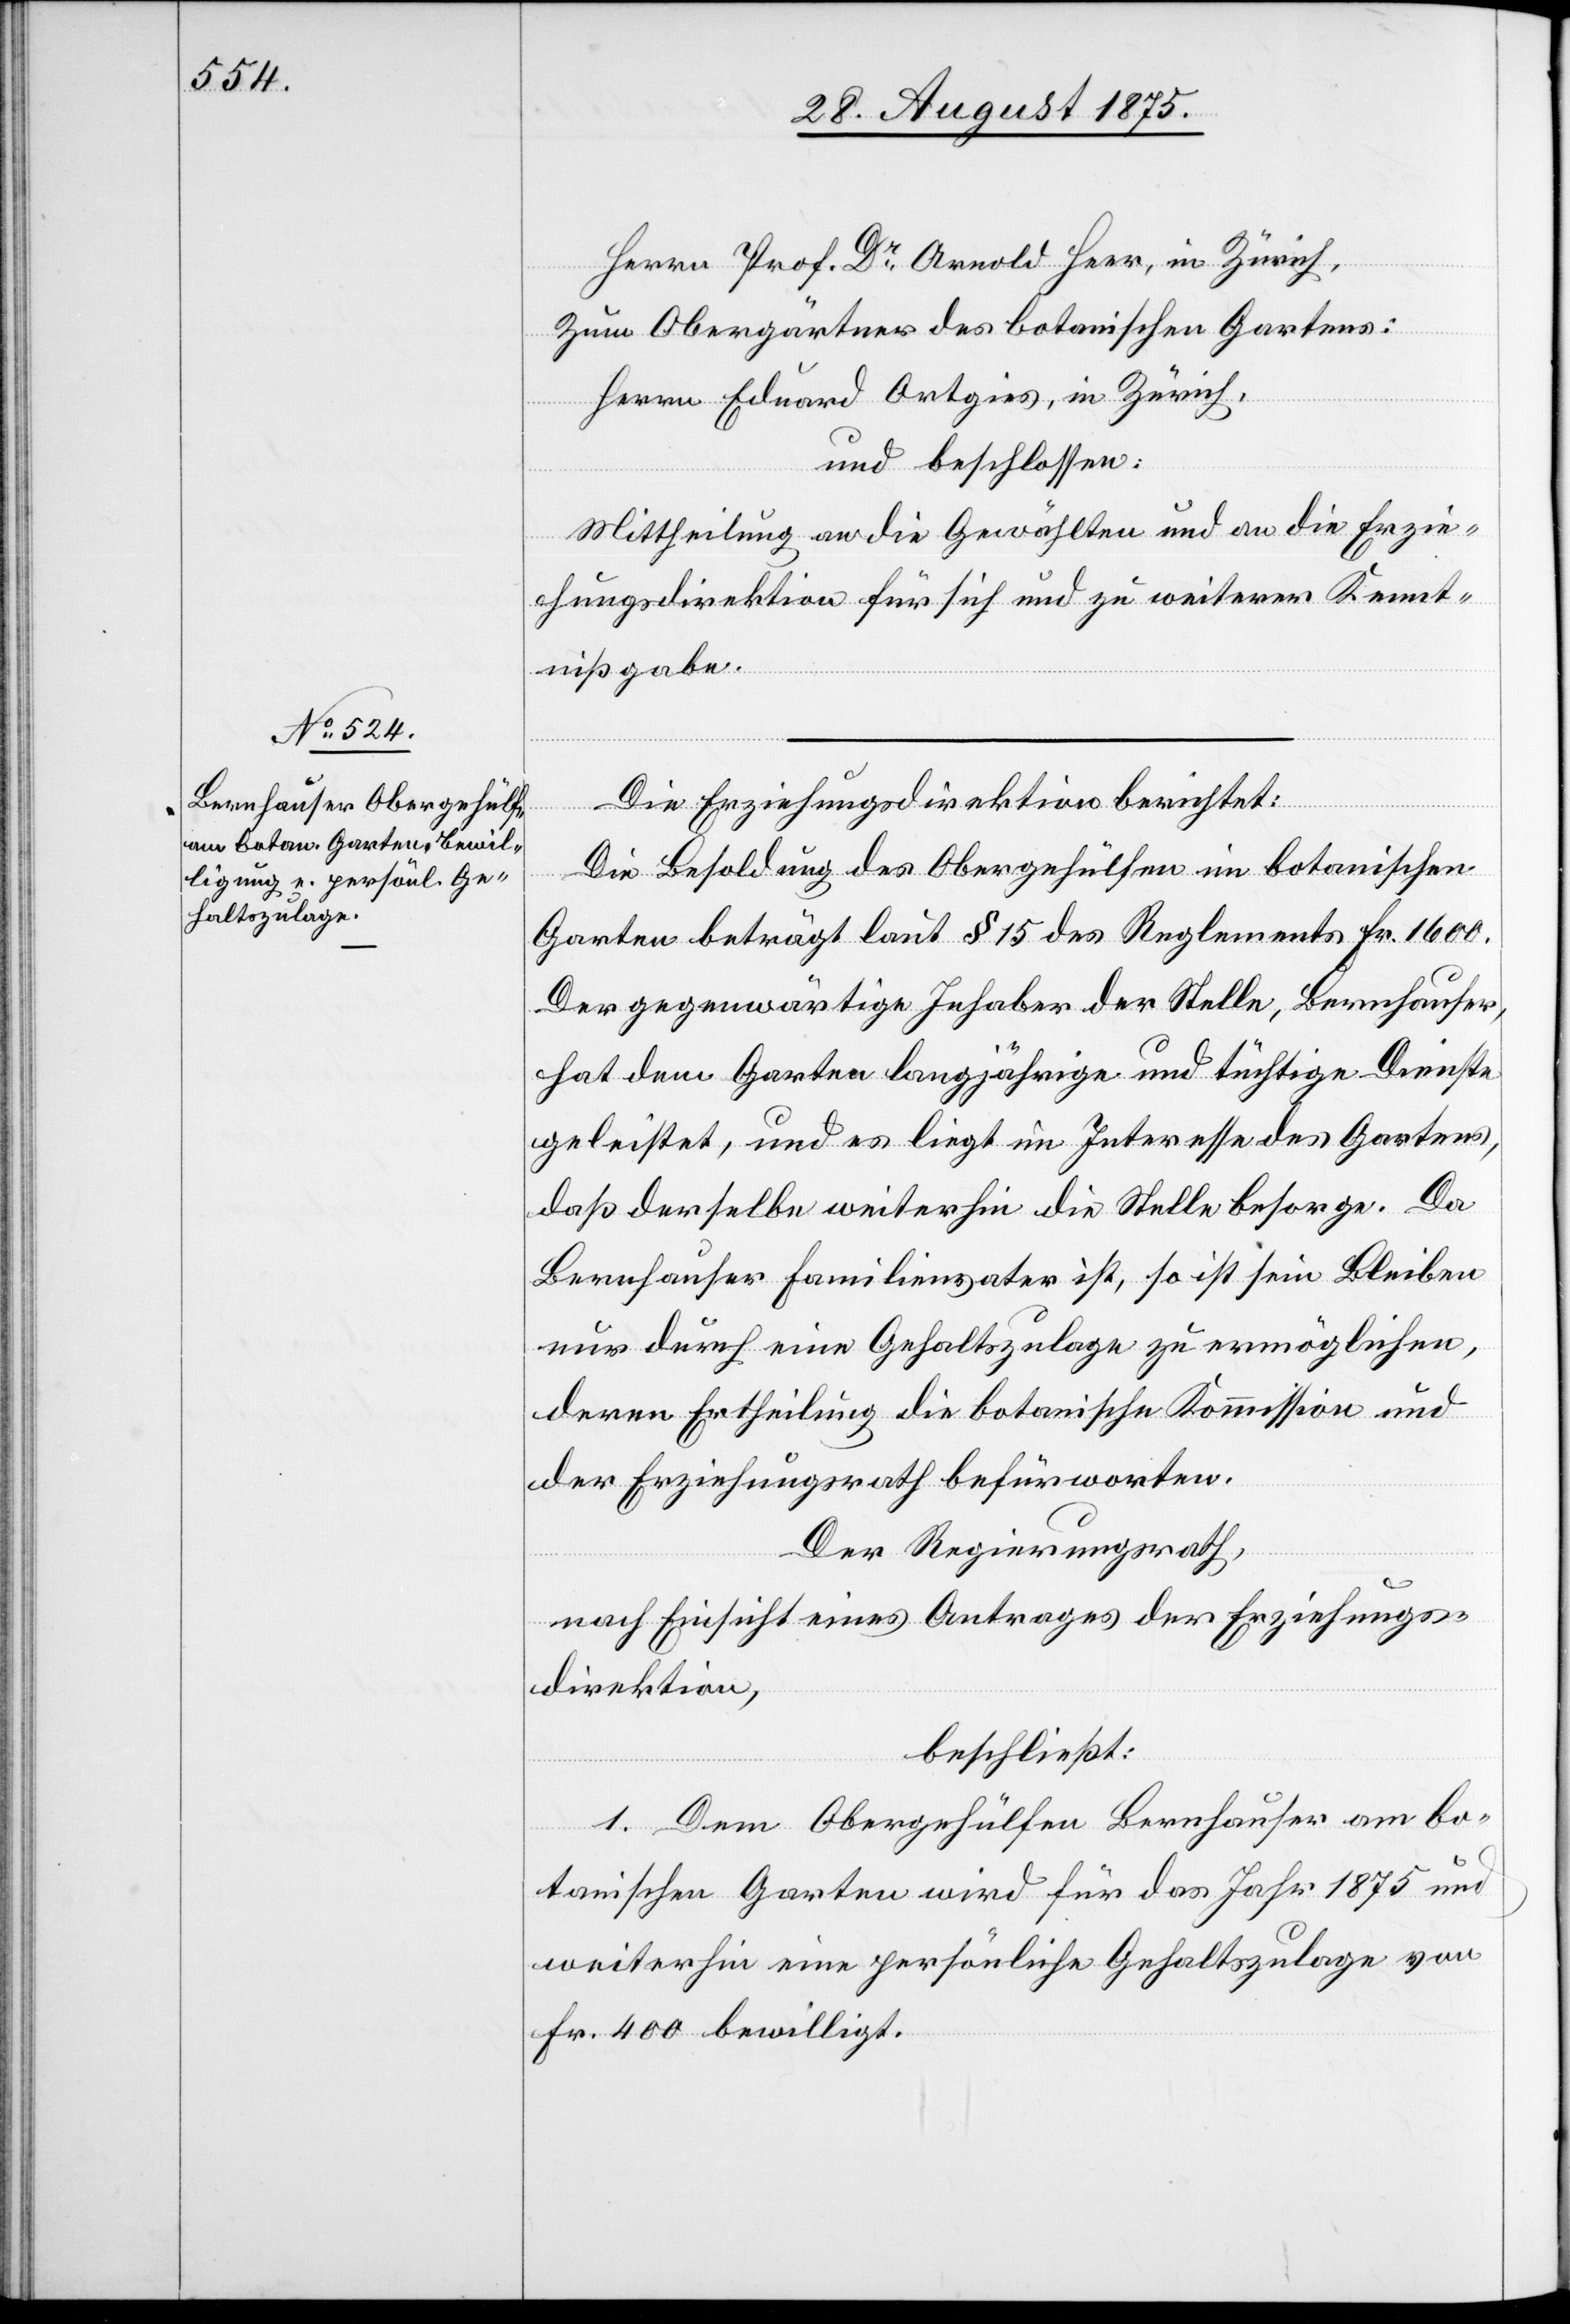
Herrn Prof. Dr Arnold Heer, in Zürich,
Zum Obergärtner des botanischen Gartens:
Herrn Eduard Ortgies, in Zürich,
und beschlossen:
Mittheilung an die Gewählten und an die Erzie¬
hungsdirektion für sich und zu weiterer Kennt¬
nißgabe.
Die Erziehungsdirektion berichtet:
Die Besoldung des Obergehülfen im botanischen
Garten beträgt laut § 15 des Reglements Fr. 1600.
Der gegenwärtige Inhaber der Stelle, Bernhauser,
hat dem Garten langjährige und tüchtige Dienste
geleistet, und es liegt im Interesse des Gartens,
daß derselbe weiterhin die Stelle besorge. Da
Bernhauser Familienvater ist, so ist sein Bleiben
nur durch eine Gehaltszulage zu ermöglichen,
deren Ertheilung die botanische Kommission und
der Erziehungsrath befürworten.
Der Regierungsrath,
nach Einsicht eines Antrages der Erziehungs¬
direktion,
beschließt:
1. Dem Obergehülfen Bernhauser am bo¬
tanischen Garten wird für das Jahr 1875 und
weiterhin eine persönliche Gehaltszulage von
Fr. 400 bewilligt.